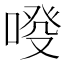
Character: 𠷑